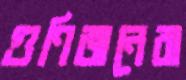
গুণিজনেরা